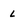
Character: L